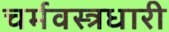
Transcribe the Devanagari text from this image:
चर्मवस्त्रधारी